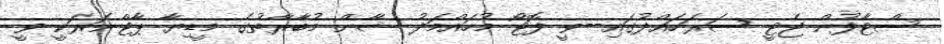
ސްޓާފުން ޖެޓީ ސަރަހައްދުގައި--ވީ ފޮޓޯ މުހައްމަދު ޝާން މުބާރާތުގެ މީޑިޔާ ޕާޓްނަރަކީ ވީ